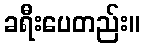
ခရီးပေတည်း။